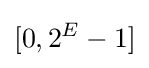
[0,2^{E}-1]